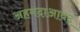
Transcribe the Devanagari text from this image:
अहमदाआबद